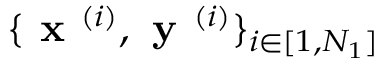
\{ \textbf { x } ^ { ( i ) } , \textbf { y } ^ { ( i ) } \} _ { i \in [ 1 , N _ { 1 } ] }